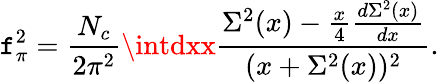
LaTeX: \mathtt{f}_{\pi}^{2}=\frac{{N_{c}}}{{2\pi^{2}}}\intdxx\frac{{\Sigma^{2}(x)-\frac{{x}}{{4}}\frac{{d\Sigma^{2}(x)}}{{dx}}}}{{(x+\Sigma^{2}(x))^{2}}}.